Vaccine operations Central Provinces 1868-1885 - 1868-1885
Year: 1868
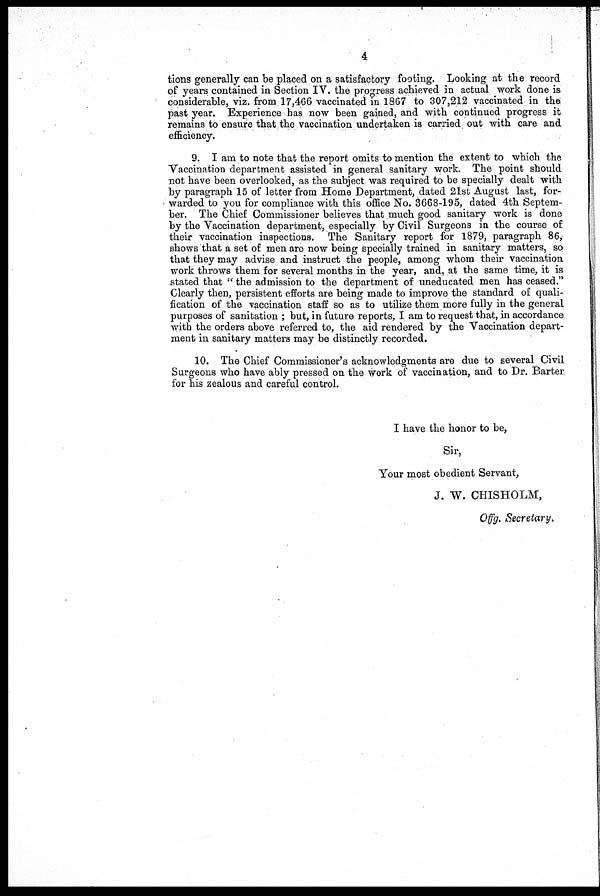
4
tions generally can be placed on a satisfactory footing. Looking at the record
of years contained in Section IV. the progress achieved in actual work done is
considerable, viz. from 17,466 vaccinated in 1867 to 307,212 vaccinated in the
past year. Experience has now been gained, and with continued progress it
remains to ensure that the vaccination undertaken is carried out with care and
efficiency.
9. I am to note that the report omits to mention the extent to which the
Vaccination department assisted in general sanitary work. The point should
not have been overlooked, as the subject was required to be specially dealt with
by paragraph 15 of letter from Home Department, dated 21st August last, for-
warded to you for compliance with this office No. 3668-195, dated 4th Septem-
ber. The Chief Commissioner believes that much good sanitary work is done
by the Vaccination department, especially by Civil Surgeons in the course of
their vaccination inspections. The Sanitary report for 1879, paragraph 86,
shows that a set of men are now being specially trained in sanitary matters, so
that they may advise and instruct the people, among whom their vaccination
work throws them for several months in the year, and, at the same time, it is
stated that " the admission to the department of uneducated men has ceased."
Clearly then, persistent efforts are being made to improve the standard of quali-
fication of the vaccination staff so as to utilize them more fully in the general
purposes of sanitation ; but, in future reports, I am to request that, in accordance
with the orders above referred to, the aid rendered by the Vaccination depart-
ment in sanitary matters may be distinctly recorded.
10. The Chief Commissioner's acknowledgments are due to several Civil
Surgeons who have ably pressed on the work of vaccination, and to Dr. Barter
for his zealous and careful control.
I have the honor to be,
Sir,
Your most obedient Servant,
J. W. CHISHOLM,
Offg. Secretary.